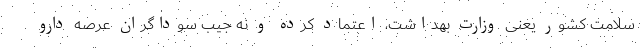
سلامت کشور یعنی وزارت بهداشت، اعتماد کرده و نه جیب سوداگران عرصه دارو